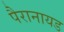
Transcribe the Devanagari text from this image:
पैरानायड